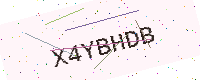
Text: X4YBHDB